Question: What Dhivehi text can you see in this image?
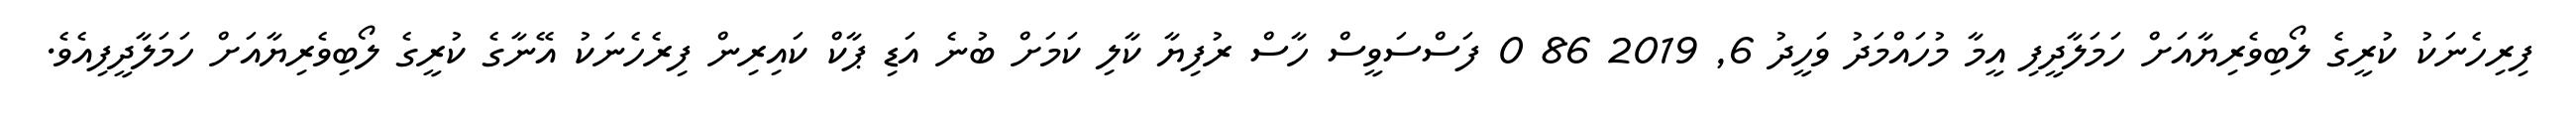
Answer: ފިރިހެނަކު ކުރީގެ ލޯބިވެރިޔާއަށް ހަމަލާދީފި އީމާ މުހައްމަދު ވަހީދު 6, 2019 86 0 ފަސްސަވީސް ހާސް ރުފިޔާ ކާލި ކަމަށް ބުނެ އަޑި ޕާކް ކައިރިން ފިރެހެނަކު އޭނާގެ ކުރީގެ ލޯބިވެރިޔާއަށް ހަމަލާދީފިއެވެ.